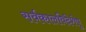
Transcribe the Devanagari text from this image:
सर्वकालविदेशेषु